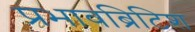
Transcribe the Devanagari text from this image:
प्रभावब्रिटिश